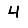
Digit: 4